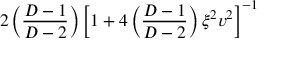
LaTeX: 2 \left( \frac { D - 1 } { D - 2 } \right) \left[ 1 + 4 \left( \frac { D - 1 } { D - 2 } \right) \xi ^ { 2 } v ^ { 2 } \right] ^ { - 1 }